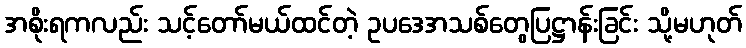
အစိုးရကလည်း သင့်တော်မယ်ထင်တဲ့ ဥပဒေအသစ်တွေပြဋ္ဌာန်းခြင်း သို့မဟုတ်